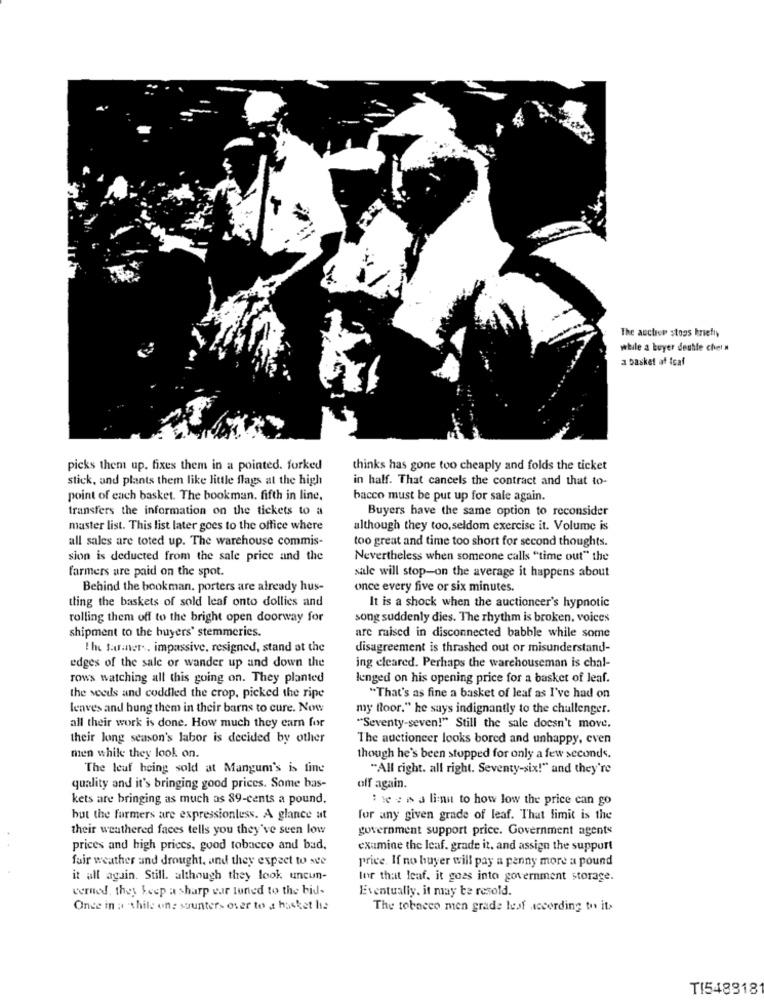
The auction stops kriefly
while a buyer deutle chet #
a basket af teaf
picks them up. fixes them in a pointed. forked
thinks has gone too cheaply and folds the ticket
stick, and plants them like little flags at the high
in half. That cancels the contract and that to-
point of each basket. The bookman. fifth in line,
bacco must be put up for sale again.
transfers the information on the tickets to a
Buyers have the same option to reconsider
master list. This list later goes to the office where
although they too, seldom exercise it. Volume is
all sales are toted up. The warehouse commis-
too great and time too short for second thoughts.
sion is deducted from the sale price and the
Nevertheless when someone calls "time out" the
farmers are paid on the spot.
sale will stop-on the average it happens about
Behind the bookman. porters are already hus-
once every five or six minutes.
tting the baskets of sold leaf onto dollies and
It is a shock when the auctioncer's hypnotic
rolling them off to the bright open doorway for
song suddenly dies. The rhythm is broken, voices
shipment to the buyers' stemmeries.
are raised in disconnected babble while some
the farmner, impassive, resigned, stand at the
disagreement is thrashed out or misunderstand-
edges of the sale or wander up and down the
ing cleared. Perhaps the warehouseman is chal-
rows watching all this going on. They planted
leenged on his opening price for a basket of leaf.
the seeds and coddled the crop, picked the ripe
"That's as fine a basket of leaf as I've had on
leaves and hung them in their barns to cure. Now
my floor." he says indignantly to the challenger.
all their work is done. How much they earn for
"Seventy-seven!" Still the sale doesn't move,
their long season's labor is decided by other
The auctioneer looks bored and unhappy, even
men while they look on.
though he's been stopped for only a few seconds.
The leuf being sold at Mangumi's is fine
"All right. all right. Seventy-six!" and they're
quality and it's bringing good prices. Some bas-
off again.
kets are bringing as much as 89-cents a pound.
:re : w a linu to how low the price can go
but the farmers are expressionless. A glance at
for any given grade of leaf. That limit is the
their weathered faces tells you they've seen low
government support price. Government agents
prices and high prices, good tobacco and bad.
examine the leaf. grade it, and assign the support
fair weather and drought, and they expect to see
price. If no buyer will pay a penny more a pound
it all again. Still. although they look uncun-
lor that leaf, it goes into government storage.
verned, they keep a sharp var luned to the bid-
Eventually. it may te resold.
Once in a while ons saunters over to a hacket hie
The tobacco men grade leaf according to it>
TI548818